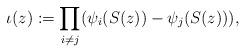
LaTeX: \begin{align*}\iota(z):=\prod_{i\neq j}(\psi_i(S(z))-\psi_j(S(z))),\end{align*}